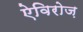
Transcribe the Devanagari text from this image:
ऐविरोज़